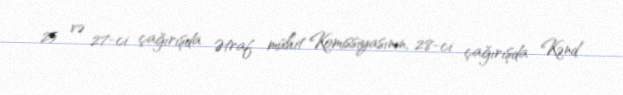
25 və 27-ci çağırışda Ətraf mühit Komissiyasının, 28-ci çağırışda Kənd